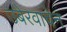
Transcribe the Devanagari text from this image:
उबेरवाचेन